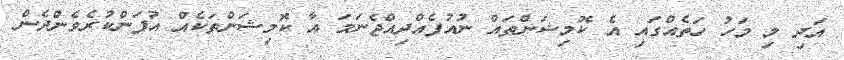
އަދި މި މަހު ހަތެއްގައި އެ ކޮމިޝަންތައް ނުއުފެއްދިއްޖެނަމަ އާ ކޮމިޝަންތަކެއް އުފަންކުރެވެންދެން